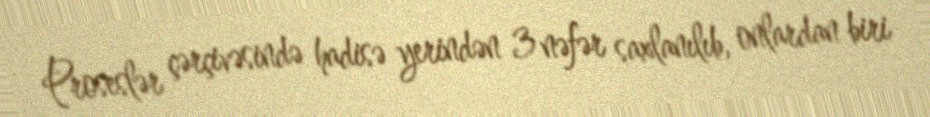
Proseslər çərçivəsində hadisə yerindən 3 nəfər saxlanılıb, onlardan biri